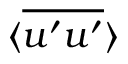
\langle \overline { { u ^ { \prime } u ^ { \prime } } } \rangle